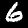
Digit: 6